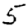
Digit: 5